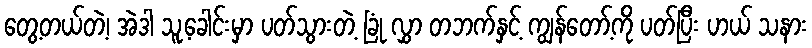
တွေ့တယ်တဲ့၊ အဲဒါ သူ့ခေါင်းမှာ ပတ်သွားတဲ့ ခြုံ လွှာ တဘက်နှင့် ကျွန်တော့်ကို ပတ်ပြီး ဟယ် သနား